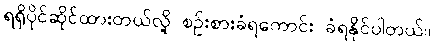
ရရှိပိုင်ဆိုင်ထားတယ်လို့ စဉ်းစားခံရကောင်း ခံရနိုင်ပါတယ်။